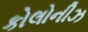
કોલોનીઝ